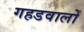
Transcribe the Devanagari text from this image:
गहडवालों